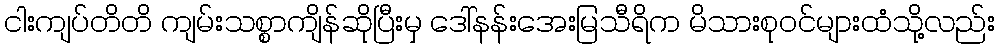
ငါးကျပ်တိတိ ကျမ်းသစ္စာကျိန်ဆိုပြီးမှ ဒေါ်နန်းအေးမြသီရိက မိသားစုဝင်များထံသို့လည်း